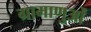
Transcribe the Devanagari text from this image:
ग्रामाणुओं